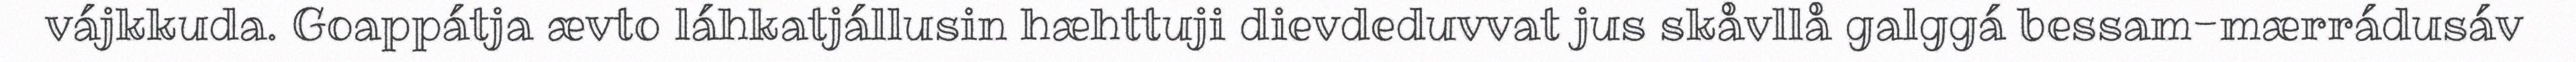
vájkkuda. Goappátja ævto láhkatjállusin hæhttuji dievdeduvvat jus skåvllå galggá bessam-mærrádusáv